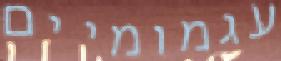
עגמומיים